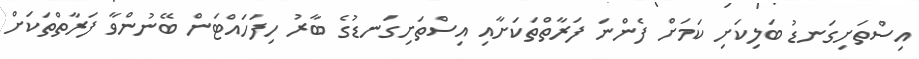
އިސްތަށިގަނޑު ބަލިކަށި ކަމަށް ފެންނަ ފަރާތްތަކަށާއި އިސްތަށިގަނޑުގެ ބާރު ހިފަހައްޓަން ބޭނުންވާ ފަރާތްތަަކަށް